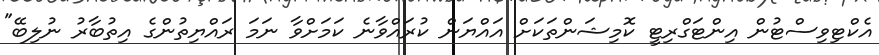
އެކްޓިވިސްޓުން އިންޓަގްރިޓީ ކޮމިޝަންތަކަށް އައްޔަން ކުރައްވާނެ ކަމަށްވާ ނަމަ ރައްޔިތުންގެ އިތުބާރު ނުލިބޭ"